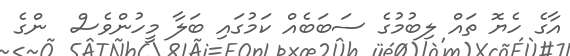
އާގެ ހެޔޮ ތައް ލިބުމުގެ ސަބަބެއް ކަމުގައި ބަލާ މީހުންވެސް  ންގެ